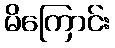
မိကြောင်း